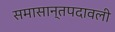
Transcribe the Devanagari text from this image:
समासान्तपदावली